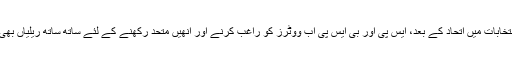
لوک سبھا انتخابات میں اتحاد کے بعد، ایس پی اور بی ایس پی اب ووٹرز کو راغب کرنے اور انھیں متحد رکھنے کے لئے ساتھ ساتھ ریلیاں بھی کرہے ہیں۔